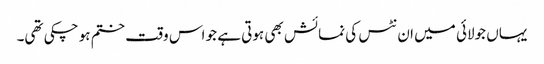
یہاں جولائی میں ان نٹس کی نمائش بھی ہوتی ہے جو اس وقت ختم ہو چکی تھی۔